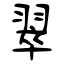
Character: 翠